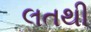
લતથી